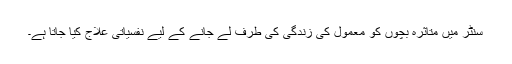
سنٹر میں متاثرہ بچوں کو معمول کی زندگی کی طرف لے جانے کے لیے نفسیاتی علاج کیا جاتا ہے۔